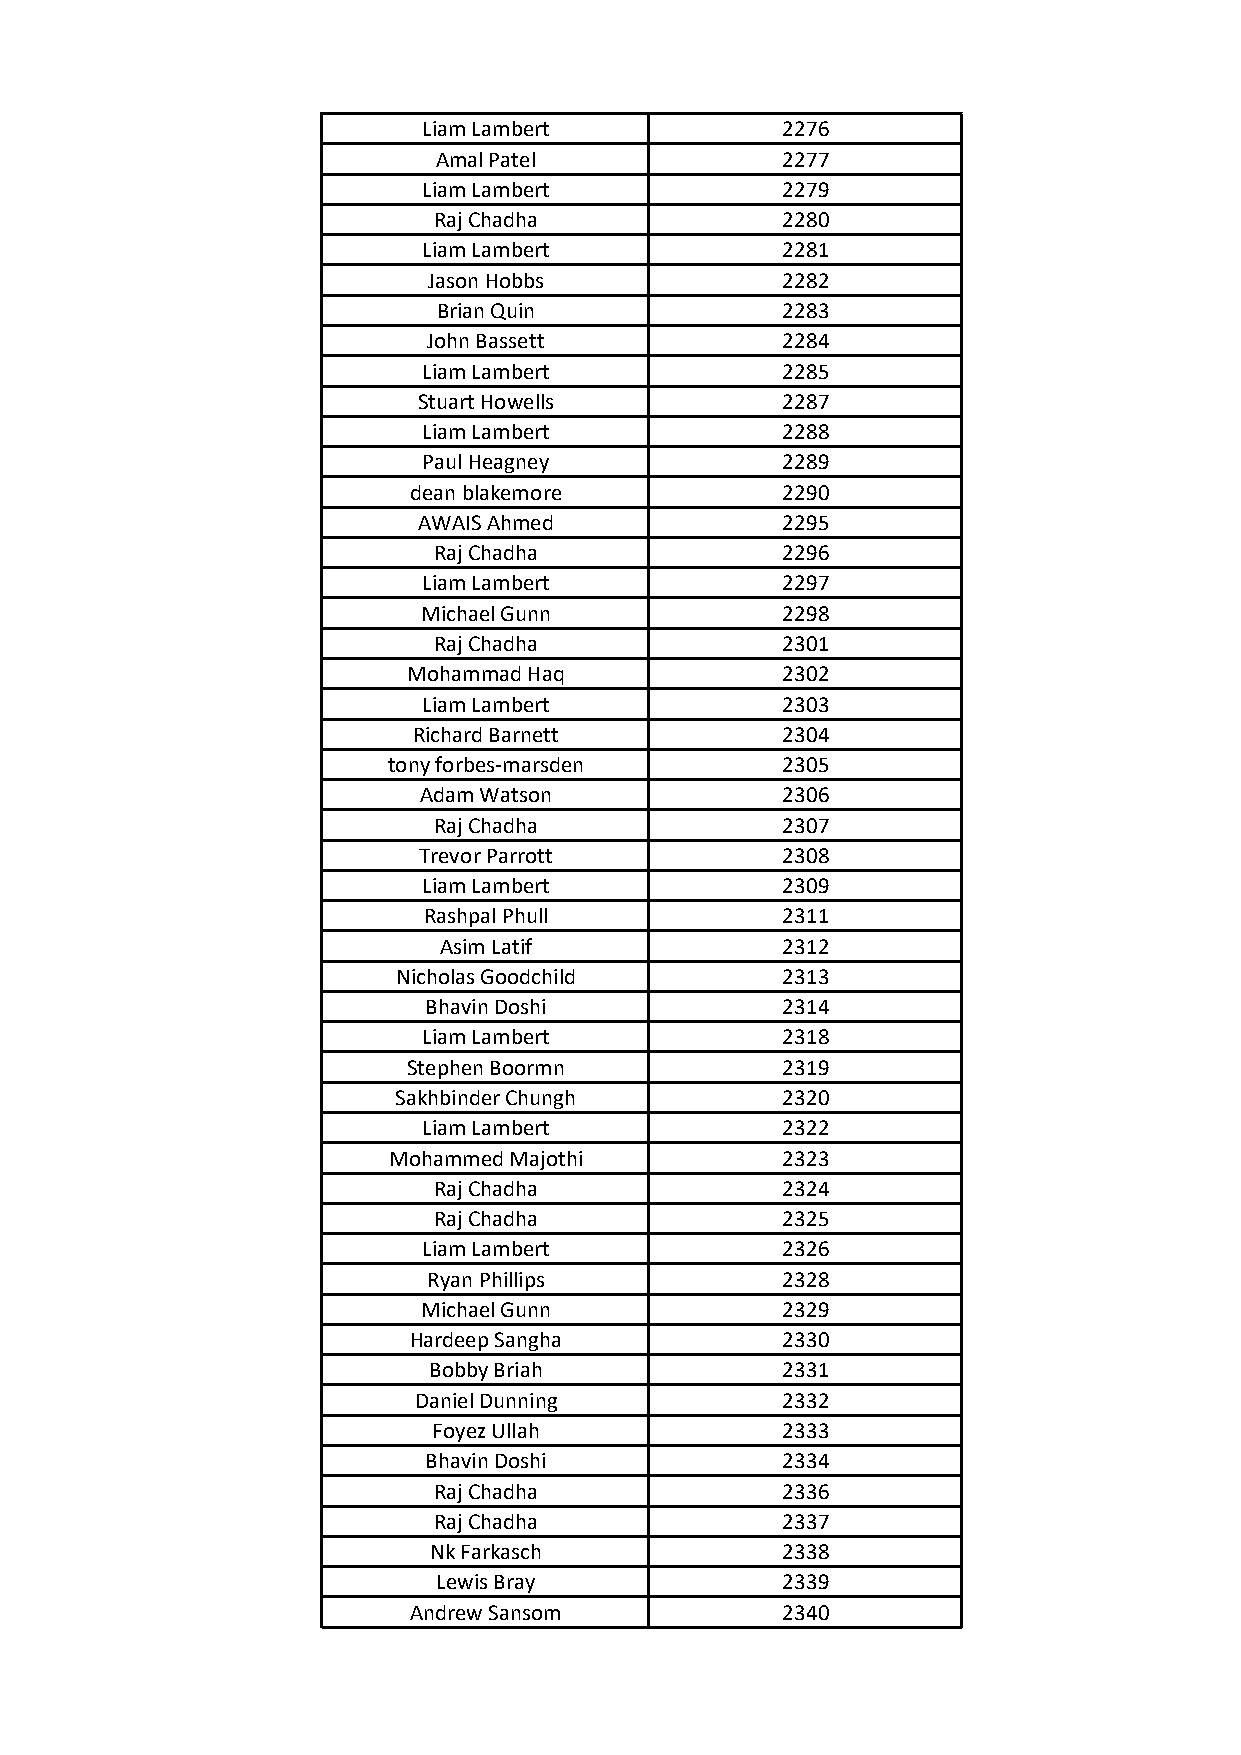
Liam Lambert            2276
 Amal Patel             2277
 Liam Lambert            2279
 Raj Chadha             2280
 Liam Lambert            2281
 Jason Hobbs             2282
 Brian Quin             2283
 John Bassett            2284
 Liam Lambert            2285
 Stuart Howells          2287
 Liam Lambert            2288
 Paul Heagney            2289
 dean blakemore           2290
 AWAIS Ahmed             2295
 Raj Chadha             2296
 Liam Lambert            2297
 Michael Gunn            2298
 Raj Chadha             2301
 Mohammad Haq             2302
 Liam Lambert            2303
 Richard Barnett          2304
 tony forbes-marsden       2305
 Adam Watson             2306
 Raj Chadha             2307
 Trevor Parrott          2308
 Liam Lambert            2309
 Rashpal Phull           2311
 Asim Latif             2312
 Nicholas Goodchild        2313
 Bhavin Doshi            2314
 Liam Lambert            2318
 Stephen Boormn           2319
 Sakhbinder Chungh         2320
 Liam Lambert            2322
 Mohammed Majothi          2323
 Raj Chadha             2324
 Raj Chadha             2325
 Liam Lambert            2326
 Ryan Phillips           2328
 Michael Gunn            2329
 Hardeep Sangha           2330
 Bobby Briah             2331
 Daniel Dunning           2332
 Foyez Ullah            2333
 Bhavin Doshi            2334
 Raj Chadha             2336
 Raj Chadha             2337
 Nk Farkasch             2338
 Lewis Bray             2339
 Andrew Sansom            2340